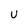
Character: U